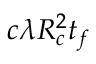
c \lambda R _ { c } ^ { 2 } t _ { f }